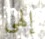
إلهي